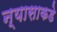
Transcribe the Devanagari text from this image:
न्यासाकडे